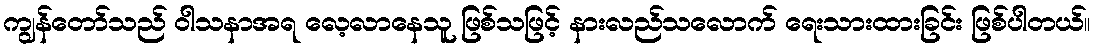
ကျွန်တော်သည် ဝါသနာအရ လေ့လာနေသူ ဖြစ်သဖြင့် နားလည်သလောက် ရေးသားထားခြင်း ဖြစ်ပါတယ်။